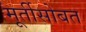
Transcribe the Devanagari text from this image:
मूर्तीसोबत